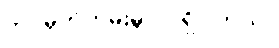
ဘဝမှတ်တမ်းမှာ ပါရှိပါတယ်။